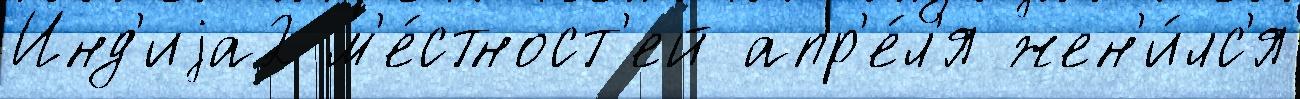
Инд'иjа2 м'е́стност'ей апр'е́л'я жен'и́лс'я